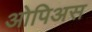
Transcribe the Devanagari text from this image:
ओपिअस